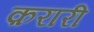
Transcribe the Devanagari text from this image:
क़रारी